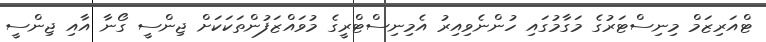
ޓްއަރިޒަމް މިނިސްޓަރުގެ މަގާމުގައި ހުންނެވިއިރު އެމިނިސްޓްރީގެ މުވައްޒަފުންތަކަކަށް ޖިންސީ ގޯނާ އާއި ޖިންސީ